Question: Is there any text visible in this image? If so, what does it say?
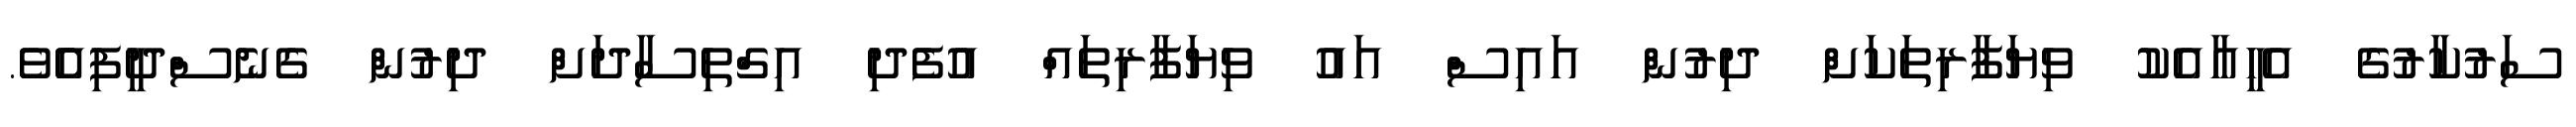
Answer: ސަރުކާރުގެ އެހީއާއެކު ވިޔަފާރިތަކަށް ދިރުން އައިސް އައު ވިޔަފާރިތައް އުފެދި އިގްތިސާދަށް ދިރުން ގެނެސްދީފިއެެވެ.